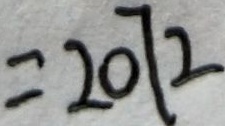
= 2 0 7 2